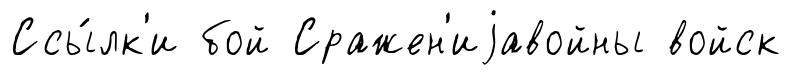
Ссы́лк'и бой Сражен'иjавойны войск